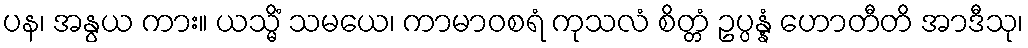
ပန၊ အနွယ ကား။ ယသ္မိံ သမယေ၊ ကာမာဝစရံ ကုသလံ စိတ္တံ ဥပ္ပန္နံ ဟောတီတိ အာဒီသု၊